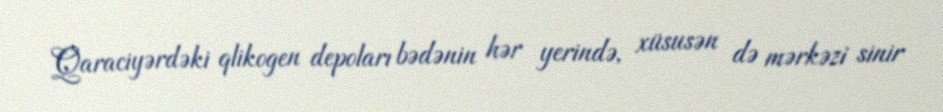
Qaraciyərdəki qlikogen depoları bədənin hər yerində, xüsusən də mərkəzi sinir